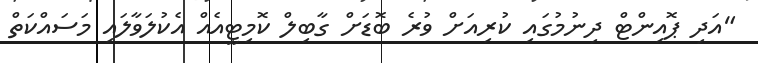
"އަދި ޕޮއިންޓް ދިނުމުގައި ކުރިއަށް ވުރެ ބޮޑަށް ގާބިލް ކޮމިޓީއެއް އެކުލަވާލައި މަސައްކަތް